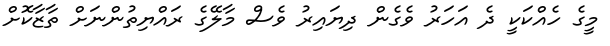
މީގެ ހެއްކަކީ ދެ އަހަރު ވެގެން ދިޔައިރު ވެސް މާލޭގެ ރައްޔިތުންނަށް ތާޒާކޮށް